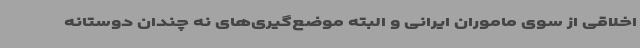
اخلاقی از سوی ماموران ایرانی و البته موضع‌گیری‌های نه چندان دوستانه